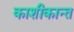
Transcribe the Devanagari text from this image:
काशीकान्त